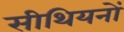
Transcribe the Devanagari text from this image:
सीथियनों